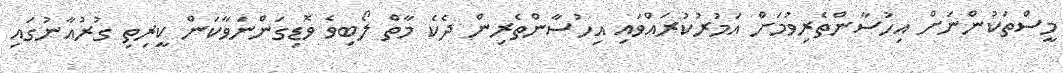
މީސްތަކުންނަށް އިހުސާންތެރިވުމަށް އަމުރުކުރައްވައި އިހުސާންތެރިން ދެކެ މާތް ލޯބިވެ ވޮޑިގަންނަވާކަން ކީރިތި ގުރުއާނުގައި